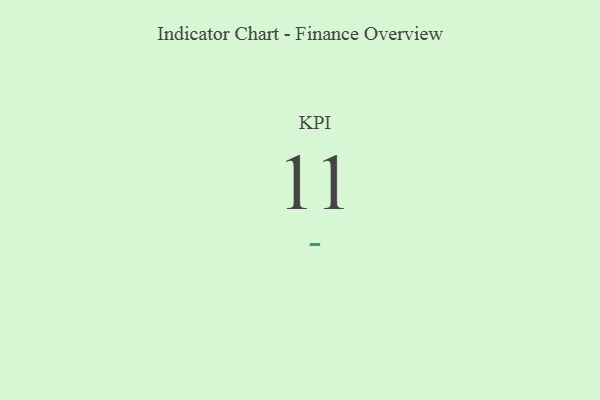
{"axis": {"x": "KPI", "y": "Value"}, "legend": [""], "data": [{"x": "KPI", "y": 11, "type": ""}]}